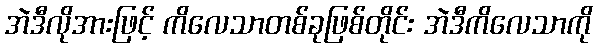
အဲဒီလိုအားဖြင့် ကိလေသာတစ်ခုဖြစ်တိုင်း အဲဒီကိလေသာကို